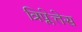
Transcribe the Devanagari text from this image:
त्रिप्लेत्तेस